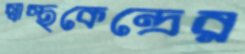
স্বাস্থকেন্দ্রের